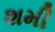
શમી